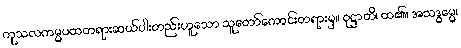
ကုသလကမ္မပထတရားဆယ်ပါးတည်းဟူသော သူတော်ကောင်းတရားမှ။ ဝုဋ္ဌာတိ၊ ထ၏။ အသဒ္ဓမ္မေ၊